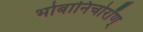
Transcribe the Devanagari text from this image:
भोबानिचोरॉण्